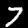
Digit: 7